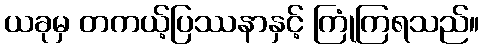
ယခုမှ တကယ့်ပြဿနာနှင့် ကြုံကြရသည်။